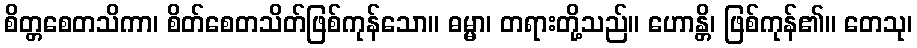
စိတ္တစေတသိကာ၊ စိတ်စေတသိတ်ဖြစ်ကုန်သော။ ဓမ္မာ၊ တရားတို့သည်။ ဟောန္တိ၊ ဖြစ်ကုန်၏။ တေသု၊